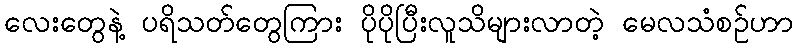
လေးတွေနဲ့ ပရိသတ်တွေကြား ပိုပိုပြီးလူသိများလာတဲ့ မေလသံစဉ်ဟာ